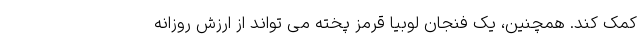
کمک کند. همچنین، یک فنجان لوبیا قرمز پخته می تواند از ارزش روزانه